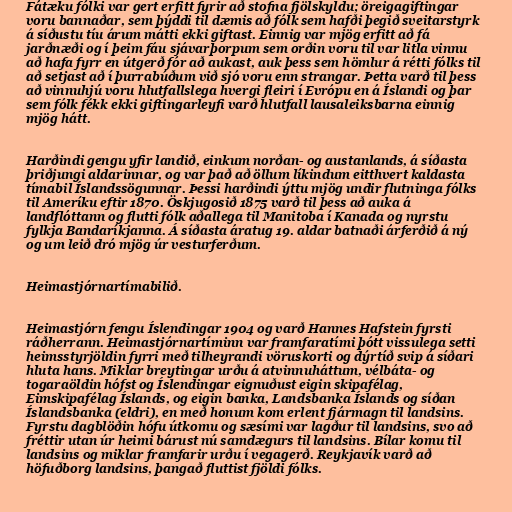
Fátæku fólki var gert erfitt fyrir að stofna fjölskyldu; öreigagiftingar
voru bannaðar, sem þýddi til dæmis að fólk sem hafði þegið sveitarstyrk
á síðustu tíu árum mátti ekki giftast. Einnig var mjög erfitt að fá
jarðnæði og í þeim fáu sjávarþorpum sem orðin voru til var litla vinnu
að hafa fyrr en útgerð fór að aukast, auk þess sem hömlur á rétti fólks til
að setjast að í þurrabúðum við sjó voru enn strangar. Þetta varð til þess
að vinnuhjú voru hlutfallslega hvergi fleiri í Evrópu en á Íslandi og þar
sem fólk fékk ekki giftingarleyfi varð hlutfall lausaleiksbarna einnig
mjög hátt.

Harðindi gengu yfir landið, einkum norðan- og austanlands, á síðasta
þriðjungi aldarinnar, og var það að öllum líkindum eitthvert kaldasta
tímabil Íslandssögunnar. Þessi harðindi ýttu mjög undir flutninga fólks
til Ameríku eftir 1870. Öskjugosið 1875 varð til þess að auka á
landflóttann og flutti fólk aðallega til Manitoba í Kanada og nyrstu
fylkja Bandaríkjanna. Á síðasta áratug 19. aldar batnaði árferðið á ný
og um leið dró mjög úr vesturferðum.

Heimastjórnartímabilið.

Heimastjórn fengu Íslendingar 1904 og varð Hannes Hafstein fyrsti
ráðherrann. Heimastjórnartíminn var framfaratími þótt vissulega setti
heimsstyrjöldin fyrri með tilheyrandi vöruskorti og dýrtíð svip á síðari
hluta hans. Miklar breytingar urðu á atvinnuháttum, vélbáta- og
togaraöldin hófst og Íslendingar eignuðust eigin skipafélag,
Eimskipafélag Íslands, og eigin banka, Landsbanka Íslands og síðan
Íslandsbanka (eldri), en með honum kom erlent fjármagn til landsins.
Fyrstu dagblöðin hófu útkomu og sæsími var lagður til landsins, svo að
fréttir utan úr heimi bárust nú samdægurs til landsins. Bílar komu til
landsins og miklar framfarir urðu í vegagerð. Reykjavík varð að
höfuðborg landsins, þangað fluttist fjöldi fólks.